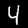
Digit: 4